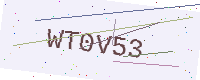
Text: WT0V53